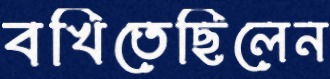
বখিতেছিলেন